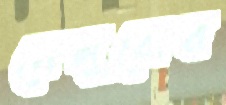
নেমুরোর